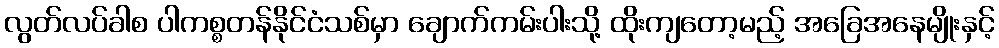
လွတ်လပ်ခါစ ပါကစ္စတန်နိုင်ငံသစ်မှာ ချောက်ကမ်းပါးသို့ ထိုးကျတော့မည့် အခြေအနေမျိုးနှင့်